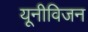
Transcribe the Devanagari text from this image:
यूनीविजन